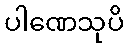
ပါဏေသုပိ